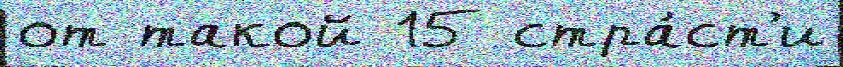
от такой 15 стра́ст'и